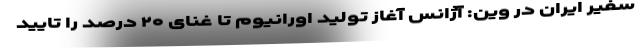
سفیر ایران در وین: آژانس آغاز تولید اورانیوم تا غنای ۲۰ درصد را تایید